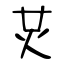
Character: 炗